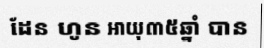
ដែន ហូន អាយុ៣៥ឆ្នាំ បាន